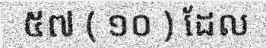
៥៧ ( ១០ ) ដែល